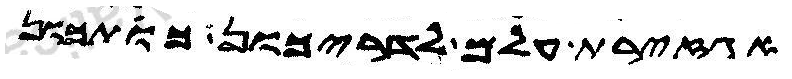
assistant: אגזירת עלם לדריכון כותכון